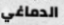
الدماغي